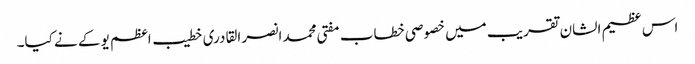
اس عظیم الشان تقریب میں خصوصی خطاب مفتی محمد انصر القادری خطیب اعظم یو کے نے کیا۔